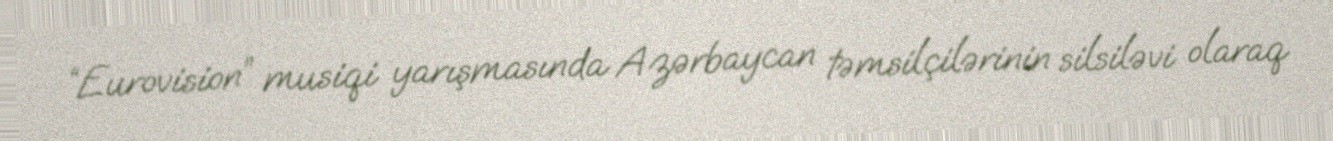
“Eurovision” musiqi yarışmasında Azərbaycan təmsilçilərinin silsiləvi olaraq